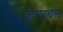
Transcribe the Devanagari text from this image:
बालाथल